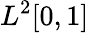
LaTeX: L^{2}[0,1]